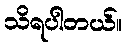
သိရပါတယ်။